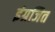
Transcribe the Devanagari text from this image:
इंग्रजित